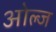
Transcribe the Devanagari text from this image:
ओल्ज